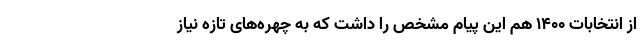
از انتخابات 1400 هم این پیام مشخص را داشت که به چهره‌های تازه نیاز